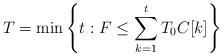
LaTeX: \begin{align*}T=\min\left\{t:F\leq\sum_{k=1}^{t} T_0 C[k]\right\}\end{align*}